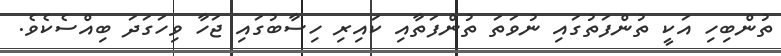
ތުންބިހި އަކީ ތުންފަތުގައި ނުވަތަ ތުންފަތާއި ކައިރި ހިސާބުގައި ޖަހާ ވިހަގަދަ ބިއްސެކެވެ.